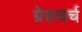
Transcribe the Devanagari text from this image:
ग्रेसचर्च